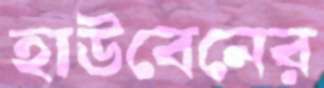
হাউবেনের